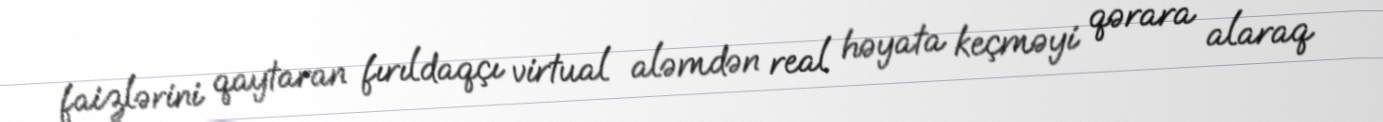
faizlərini qaytaran fırıldaqçı virtual aləmdən real həyata keçməyi qərara alaraq